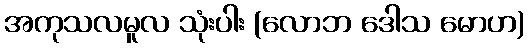
အကုသလမူလ သုံးပါး (လောဘ ဒေါသ မောဟ)